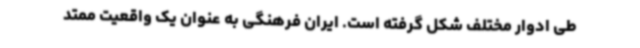
طی ادوار مختلف شکل گرفته است. ایران فرهنگی به عنوان یک واقعیت ممتد